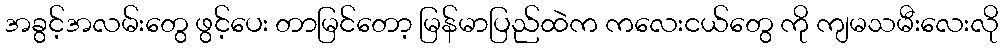
အခွင့်အလမ်းတွေ ဖွင့်ပေး တာမြင်တော့ မြန်မာပြည်ထဲက ကလေးငယ်တွေ ကို ကျမသမီးလေးလို